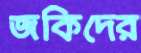
জকিদের